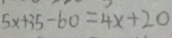
5 x + 3 5 - 6 0 = 4 x + 2 0